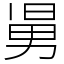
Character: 𠢎